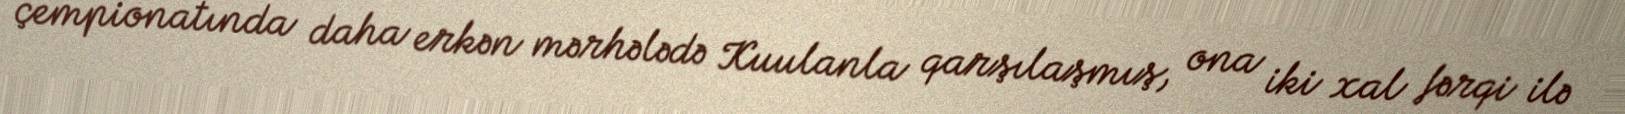
çempionatında daha erkən mərhələdə Kuulanla qarşılaşmış, ona iki xal fərqi ilə